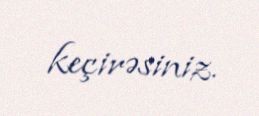
keçirəsiniz.